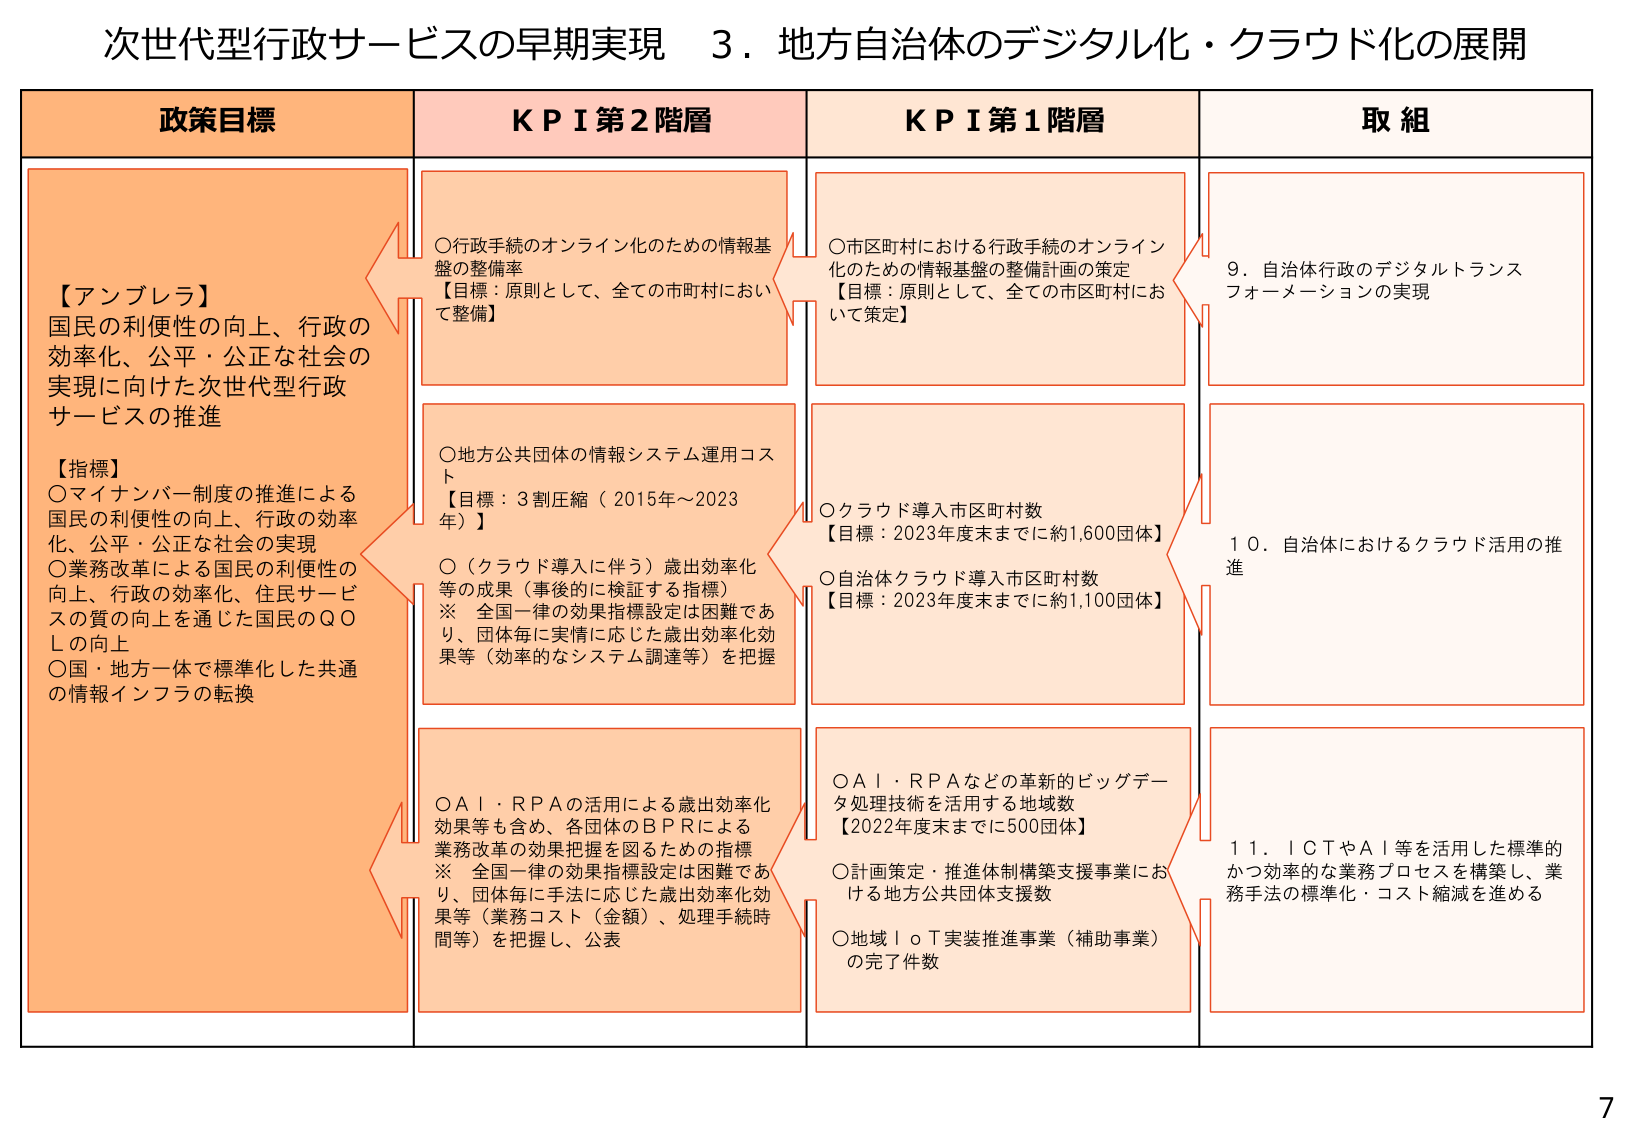
次世代型行政サービスの早期実現　３．地方自治体のデジタル化・クラウド化の展開

政策目標

【アンブレラ】
国民の利便性の向上、行政の
効率化、公平・公正な社会の
実現に向けた次世代型行政
サービスの推進

【指標】
〇マイナンバー制度の推進による
国民の利便性の向上、行政の効率
化、公平・公正な社会の実現
〇業務改革による国民の利便性の
向上、行政の効率化、住民サービ
スの質の向上を通じた国民のＱＯ
Ｌの向上
〇国・地方一体で標準化した共通
の情報インフラの転換

ＫＰＩ第２階層

〇行政手続のオンライン化のための情報基
盤の整備率
【目標：原則として、全ての市町村におい
て整備】

〇地方公共団体の情報システム運用コス
ト
【目標：３割圧縮（2015年～2023
年）】

〇（クラウド導入に伴う）歳出効率化
等の成果（事後的に検証する指標）
※　全国一律の効果指標設定は困難であ
り、団体毎に実情に応じた歳出効率化効
果等（効率的なシステム調達等）を把握

〇ＡＩ・ＲＰＡの活用による歳出効率化
効果等も含め、各団体のＢＰＲによる
業務改革の効果把握を図るための指標
※　全国一律の効果指標設定は困難であ
り、団体毎に手法に応じた歳出効率化効
果等（業務コスト（金額）、処理手続時
間等）を把握し、公表

ＫＰＩ第１階層

〇市区町村における行政手続のオンライン
化のための情報基盤の整備計画の策定
【目標：原則として、全ての市区町村にお
いて策定】

〇クラウド導入市区町村数
【目標：2023年度末までに約1,600団体】

〇自治体クラウド導入市区町村数
【目標：2023年度末までに約1,100団体】

〇ＡＩ・ＲＰＡなどの革新的ビッグデー
タ処理技術を活用する地域数
【2022年度末までに500団体】

〇計画策定・推進体制構築支援事業にお
ける地方公共団体支援数

〇地域ＩｏＴ実装推進事業（補助事業）
の完了件数

取組

９．自治体行政のデジタルトランス
フォーメーションの実現

１０．自治体におけるクラウド活用の推
進

１１．ＩＣＴやＡＩ等を活用した標準的
かつ効率的な業務プロセスを構築し、業
務手法の標準化・コスト縮減を進める

7